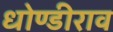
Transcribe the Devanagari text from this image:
धोण्डीराव